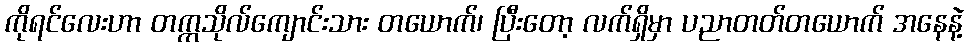
ကိုရင်လေးဟာ တက္ကသိုလ်ကျောင်းသား တယောက်၊ ပြီးတော့ လက်ရှိမှာ ပညာတတ်တယောက် အနေနဲ့